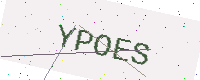
Text: YPOES